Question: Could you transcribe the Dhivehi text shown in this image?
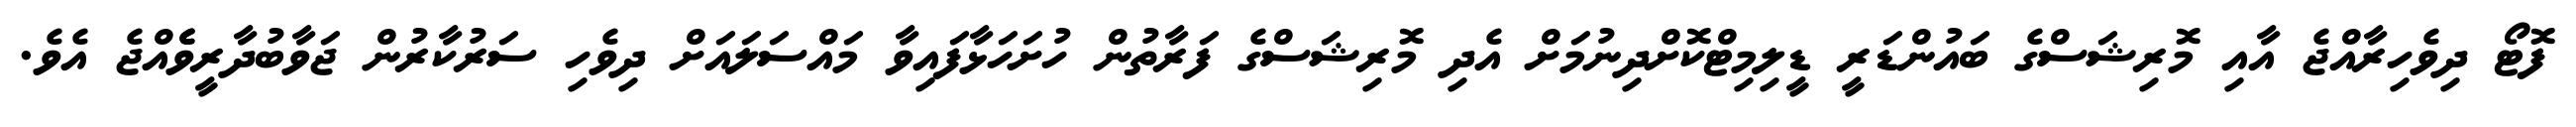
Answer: ފޮޓޯ ދިވެހިރާއްޖެ އާއި މޮރިޝަސްގެ ބައުންޑަރީ ޑީލިމިޓްކޮށްދިނުމަށް އެދި މޮރިޝަސްގެ ފަރާތުން ހުށަހަޅާފައިވާ މައްސަލައަށް ދިވެހި ސަރުކާރުން ޖަވާބުދާރީވެެއްޖެ އެވެ.